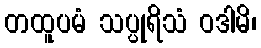
တထူပမံ သပ္ပုရိသံ ဝဒါမိ၊